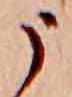
う